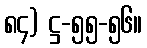
၈၄) ဋ္ဌ-၅၅-၅၆။